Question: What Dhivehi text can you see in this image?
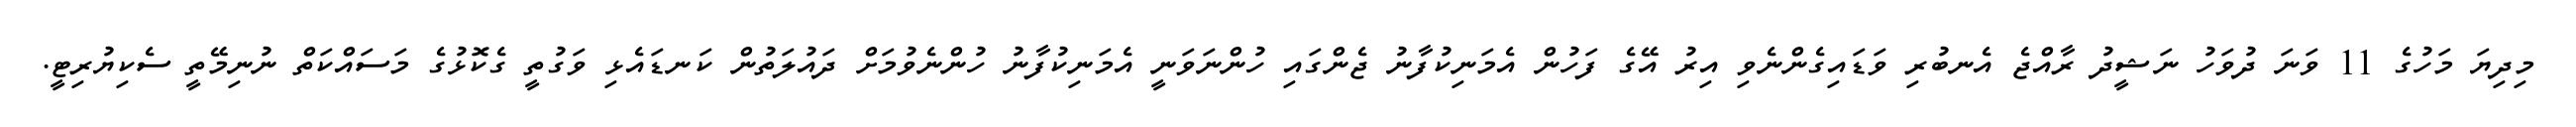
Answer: މިދިޔަ މަހުގެ 11 ވަނަ ދުވަހު ނަޝީދު ރާއްޖެ އެނބުރި ވަޑައިގެންނެވި އިރު އޭގެ ފަހުން އެމަނިކުފާނު ޖެންގައި ހުންނަވަނީ އެމަނިކުފާނު ހުންނެވުމަށް ދައުލަތުން ކަނޑައެޅި ވަގުތީ ގެކޮޅުގެ މަސައްކަތް ނުނިމޭތީ ސެކިޔުރިޓީ.